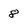
Character: 8